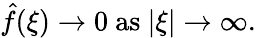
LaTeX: {\hat{f}}(\xi)\to 0{\mathrm{~as~}}|\xi|\to\infty.